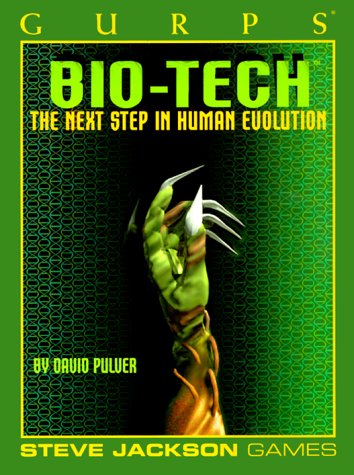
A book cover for GURPS Bio-Tech *OP (GURPS: Generic Universal Role Playing System); David L. Pulver; Science Fiction & Fantasy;